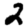
Digit: 2